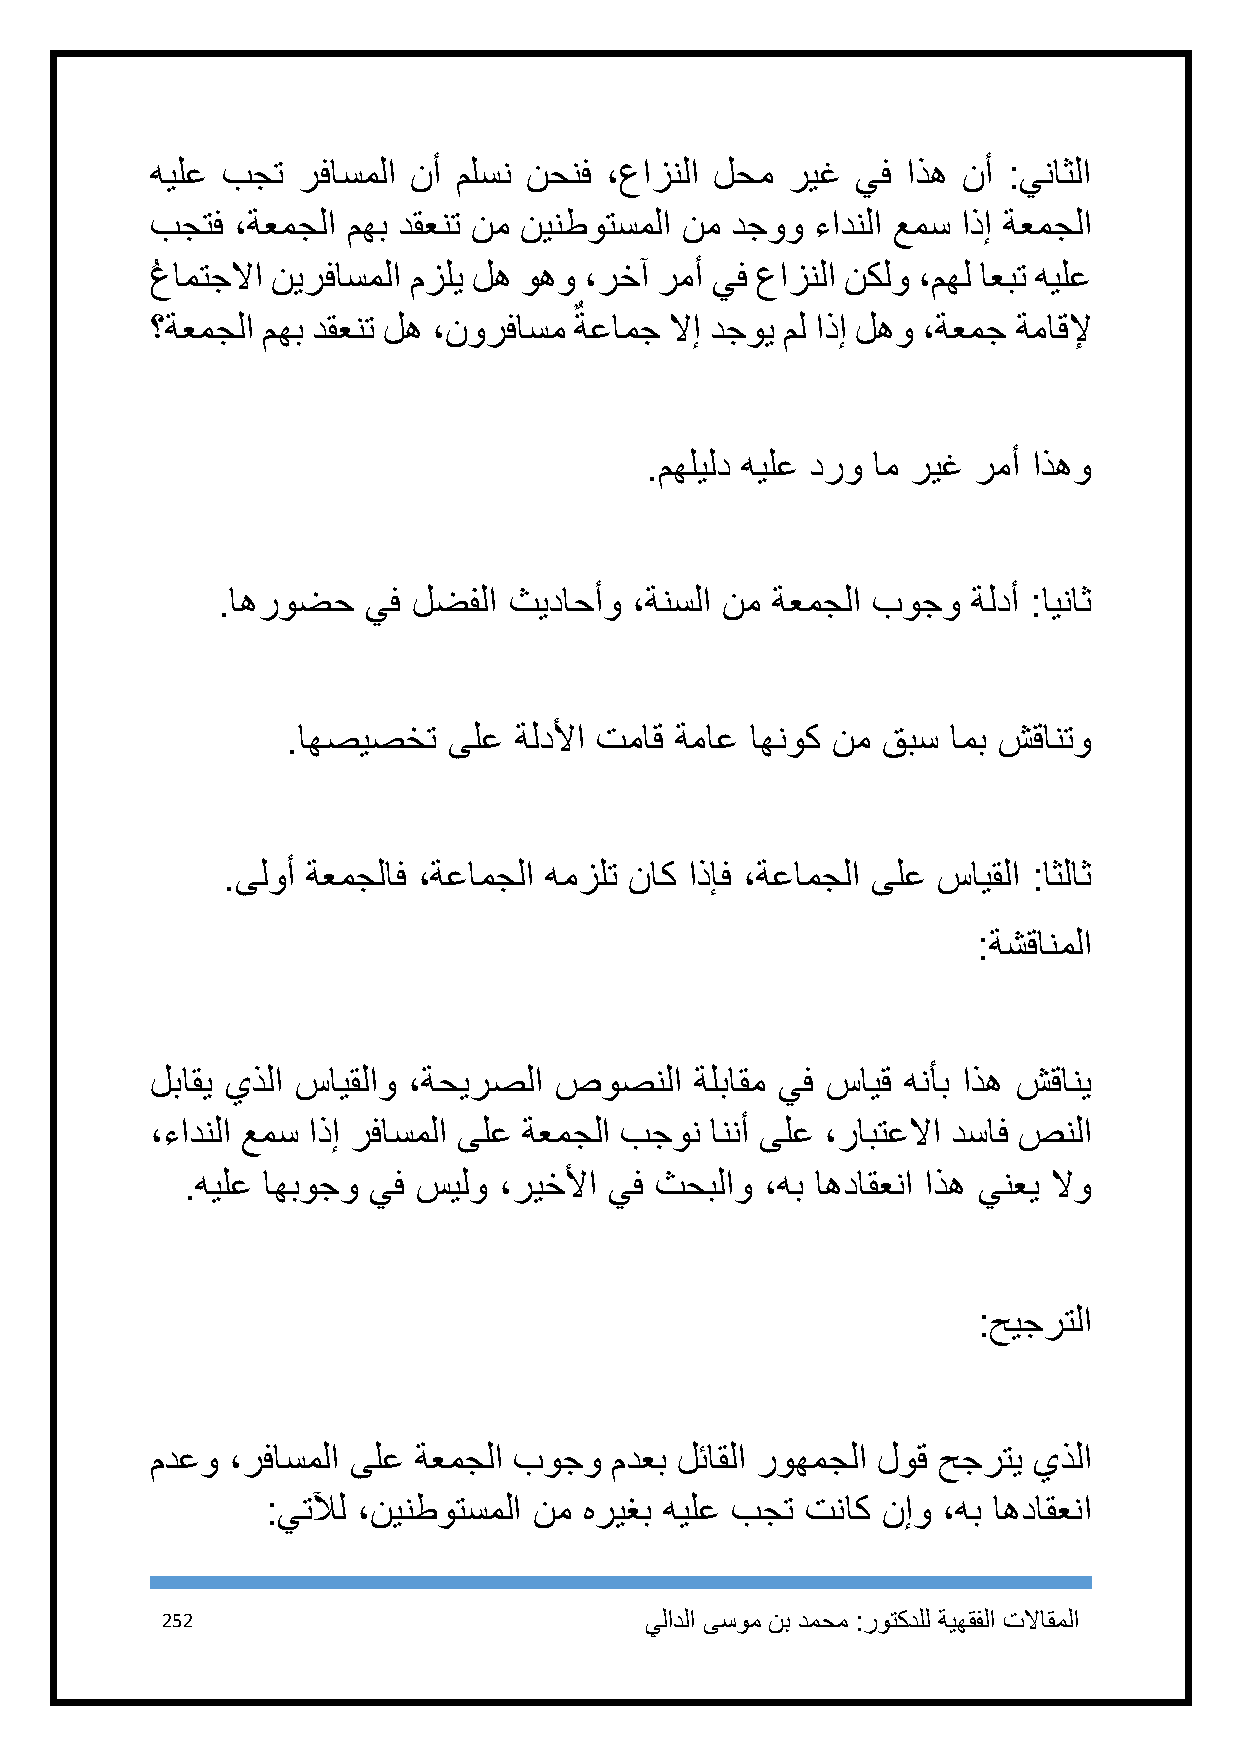
هيلع بجت  رفاسملا نأ ملسن نحنف ،عازنلا لحم ريغ يف اذه نأ :يناثلا
 بجتف ،ةعمجلا مهب دقعنت نم نينطوتسملا نم دجوو ءادنلا عمس اذإ ةعمجلا
 ُعامتجلاا نيرفاسملا مزلي له وهو ،رخآ رمأ يف عازنلا نكلو ،مهل اعبت هيلع
 ٌ
 ؟ةعمجلا مهب دقعنت له ،نورفاسم ةعامج لاإ دجوي مل اذإ لهو ،ةعمج ةماقلإ
 .مهليلد هيلع درو ام ريغ رمأ اذهو
 .اهروضح   يف لضفلا  ثيداحأو ،ةنسلا نم ةعمجلا بوجو ةلدأ :ايناث
 .اهصيصخت   ىلع ةلدلأا تماق ةماع اهنوك نم قبس امب شقانتو
 .ىلوأ ةعمجلاف ،ةعامجلا همزلت ناك اذإف ،ةعامجلا ىلع سايقلا :اثلاث
 :ةشقانملا
 لباقي يذلا سايقلاو ،ةحيرصلا صوصنلا  ةلباقم يف سايق هنأب اذه شقاني
 ،ءادنلا عمس اذإ رفاسملا ىلع ةعمجلا بجون اننأ ىلع ،رابتعلاا دساف صنلا
 .هيلع اهبوجو يف سيلو ،ريخلأا يف ثحبلاو ،هب اهداقعنا اذه ينعي لاو
 :حيجرتلا
 مدعو ،رفاسملا ىلع ةعمجلا بوجو مدعب لئاقلا روهمجلا لوق حجرتي يذلا
 :يتلآل ،نينطوتسملا نم هريغب هيلع بجت تناك نإو ،هب اهداقعنا
 252                             يلادلا ىسوم نب دمحم :روتكدلل ةيهقفلا تلااقملا